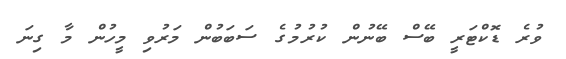
ވުރެ ޑޮކްޓަރީ ބޭސް ބޭނުން ކުރުމުގެ ސަބަބުން މަރުވި މީހުން މާ ގިނަ